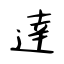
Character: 逹